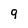
Character: 9